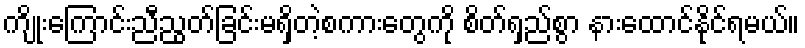
ကျိုးကြောင်းညီညွတ်ခြင်းမရှိတဲ့စကားတွေကို စိတ်ရှည်စွာ နားထောင်နိုင်ရမယ်။